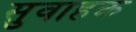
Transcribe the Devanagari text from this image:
सुवाहक